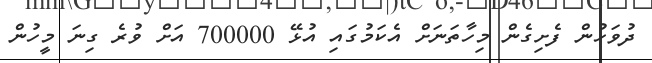
ދުވަހުން ފެށިގެން މިހާތަނަށް އެކަމުގައި އުޅޭ 700000 އަށް ވުރެ ގިނަ މީހުން